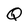
Character: Q